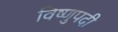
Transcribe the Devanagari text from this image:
विष्णुपदी